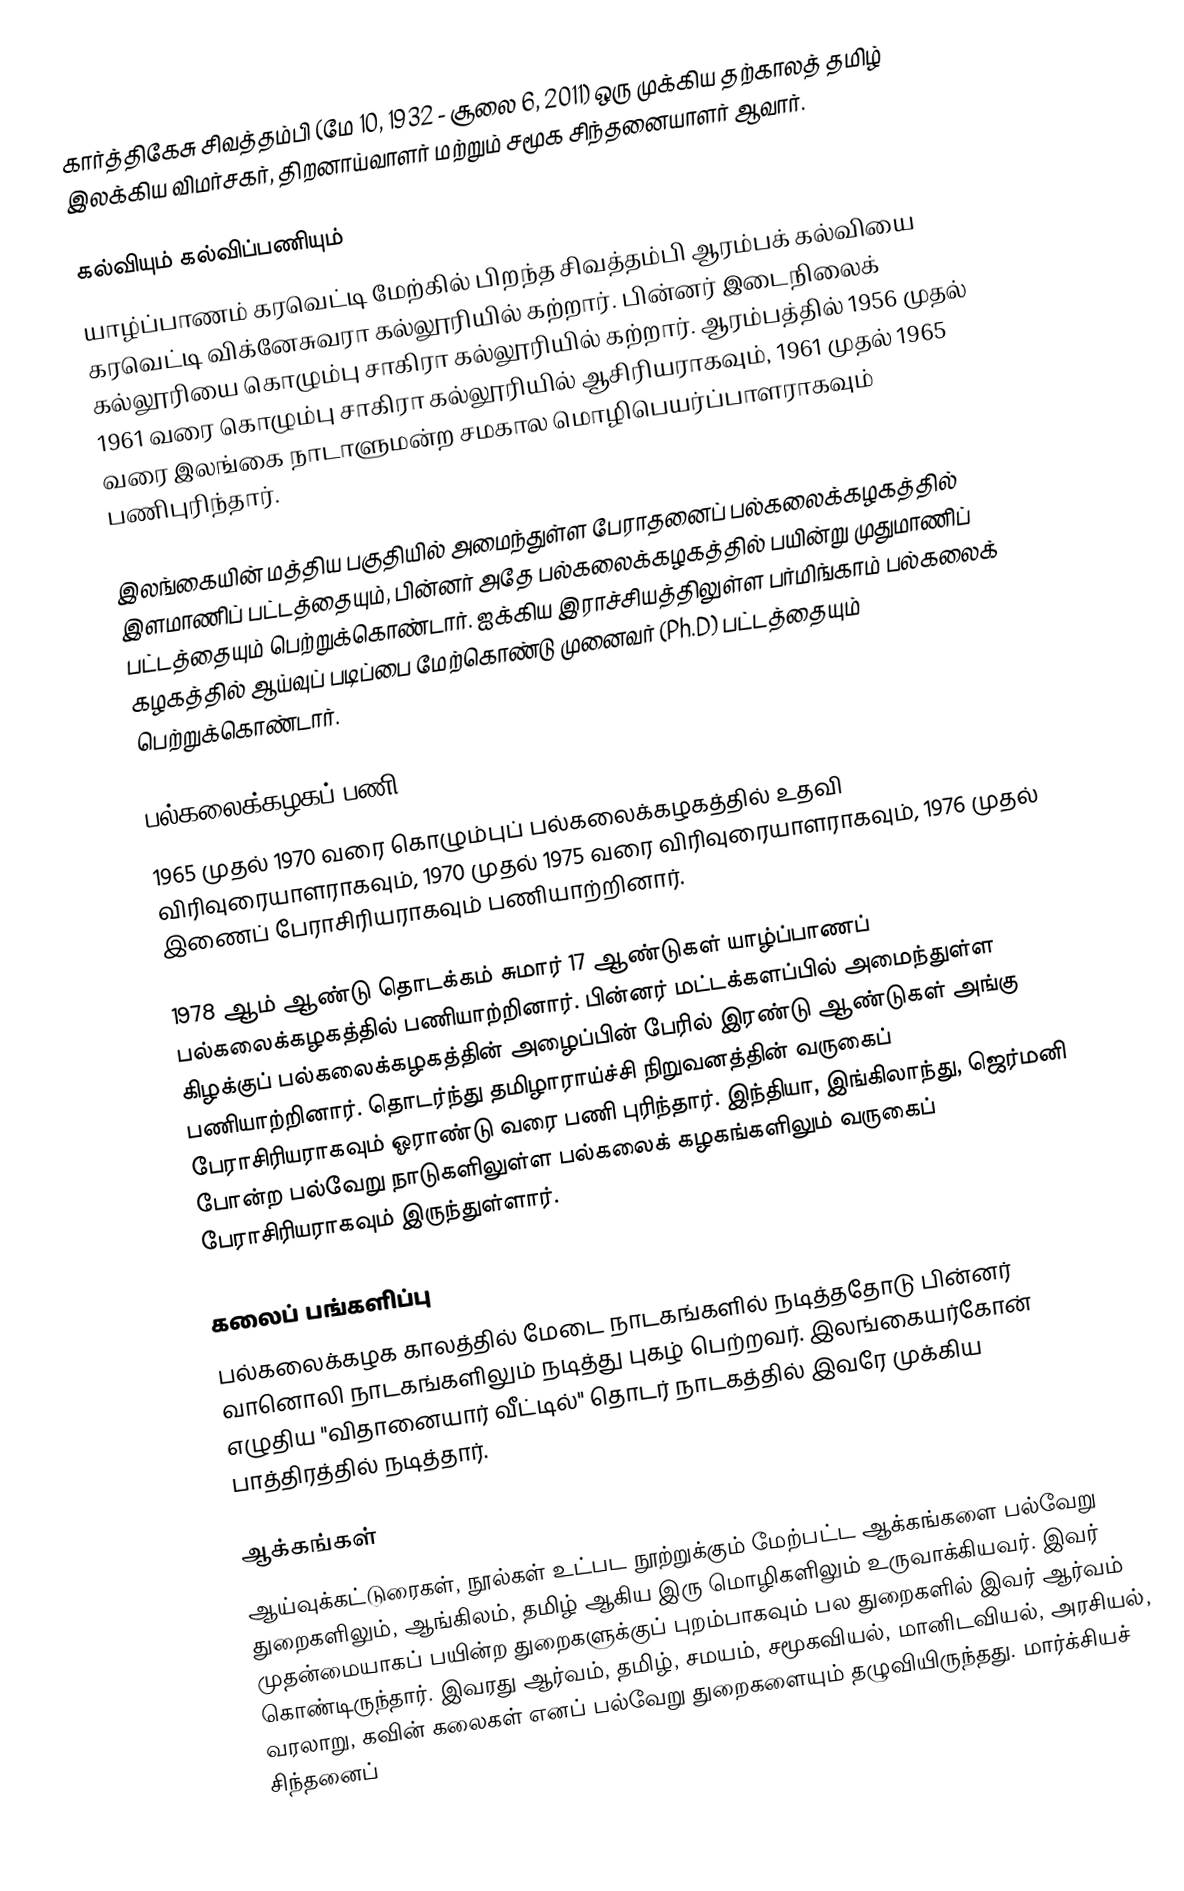
கார்த்திகேசு சிவத்தம்பி (மே 10, 1932 - சூலை 6, 2011) ஒரு முக்கிய தற்காலத் தமிழ் இலக்கிய விமர்சகர், திறனாய்வாளர் மற்றும் சமூக சிந்தனையாளர் ஆவார்.

கல்வியும் கல்விப்பணியும்
யாழ்ப்பாணம் கரவெட்டி மேற்கில் பிறந்த சிவத்தம்பி ஆரம்பக் கல்வியை கரவெட்டி விக்னேசுவரா கல்லூரியில் கற்றார். பின்னர் இடைநிலைக் கல்லூரியை கொழும்பு சாகிரா கல்லூரியில் கற்றார். ஆரம்பத்தில் 1956 முதல் 1961 வரை கொழும்பு சாகிரா கல்லூரியில் ஆசிரியராகவும், 1961 முதல் 1965 வரை இலங்கை நாடாளுமன்ற சமகால மொழிபெயர்ப்பாளராகவும் பணிபுரிந்தார்.

இலங்கையின் மத்திய பகுதியில் அமைந்துள்ள பேராதனைப் பல்கலைக்கழகத்தில் இளமாணிப் பட்டத்தையும், பின்னர் அதே பல்கலைக்கழகத்தில் பயின்று முதுமாணிப் பட்டத்தையும் பெற்றுக்கொண்டார். ஐக்கிய இராச்சியத்திலுள்ள பர்மிங்காம் பல்கலைக் கழகத்தில் ஆய்வுப் படிப்பை மேற்கொண்டு முனைவர் (Ph.D) பட்டத்தையும் பெற்றுக்கொண்டார்.

பல்கலைக்கழகப் பணி
1965 முதல் 1970 வரை கொழும்புப் பல்கலைக்கழகத்தில் உதவி விரிவுரையாளராகவும், 1970 முதல் 1975 வரை விரிவுரையாளராகவும், 1976 முதல் இணைப் பேராசிரியராகவும் பணியாற்றினார்.

1978 ஆம் ஆண்டு தொடக்கம் சுமார் 17 ஆண்டுகள் யாழ்ப்பாணப் பல்கலைக்கழகத்தில் பணியாற்றினார். பின்னர் மட்டக்களப்பில் அமைந்துள்ள கிழக்குப் பல்கலைக்கழகத்தின் அழைப்பின் பேரில் இரண்டு ஆண்டுகள் அங்கு பணியாற்றினார். தொடர்ந்து தமிழாராய்ச்சி நிறுவனத்தின் வருகைப் பேராசிரியராகவும் ஓராண்டு வரை பணி புரிந்தார். இந்தியா, இங்கிலாந்து, ஜெர்மனி போன்ற பல்வேறு நாடுகளிலுள்ள பல்கலைக் கழகங்களிலும் வருகைப் பேராசிரியராகவும் இருந்துள்ளார்.

கலைப் பங்களிப்பு
பல்கலைக்கழக காலத்தில் மேடை நாடகங்களில் நடித்ததோடு பின்னர் வானொலி நாடகங்களிலும் நடித்து புகழ் பெற்றவர். இலங்கையர்கோன் எழுதிய "விதானையார் வீட்டில்" தொடர் நாடகத்தில் இவரே முக்கிய பாத்திரத்தில் நடித்தார்.

ஆக்கங்கள்
ஆய்வுக்கட்டுரைகள், நூல்கள் உட்பட நூற்றுக்கும் மேற்பட்ட ஆக்கங்களை பல்வேறு துறைகளிலும், ஆங்கிலம், தமிழ் ஆகிய இரு மொழிகளிலும் உருவாக்கியவர். இவர் முதன்மையாகப் பயின்ற துறைகளுக்குப் புறம்பாகவும் பல துறைகளில் இவர் ஆர்வம் கொண்டிருந்தார். இவரது ஆர்வம், தமிழ், சமயம், சமூகவியல், மானிடவியல், அரசியல், வரலாறு, கவின் கலைகள் எனப் பல்வேறு துறைகளையும் தழுவியிருந்தது. மார்க்சியச் சிந்தனைப்